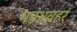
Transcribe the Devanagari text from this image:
भवभयहरं